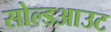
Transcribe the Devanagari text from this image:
सोल्डआउट